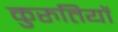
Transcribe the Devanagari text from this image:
कुरुतियों